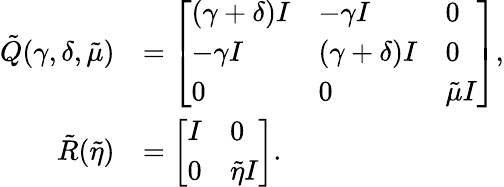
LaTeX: \begin{array}{rl}{\tilde{Q}(\gamma,\delta,\tilde{\mu})}&{=\left[\begin{array}{lll}{(\gamma+\delta)I}&{-\gamma I}&{0}\\ {-\gamma I}&{(\gamma+\delta)I}&{0}\\ {0}&{0}&{\tilde{\mu}I}\end{array}\right],}\\ {\tilde{R}(\tilde{\eta})}&{=\left[\begin{array}{ll}{I}&{0}\\ {0}&{\tilde{\eta}I}\end{array}\right].}\end{array}